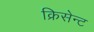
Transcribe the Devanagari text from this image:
क्रिसेन्‍ट